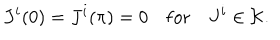
J ^ { i } ( 0 ) = J ^ { i } ( \pi ) = 0 \quad \mathrm { f o r } \quad J ^ { i } \in { \cal K } .